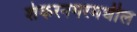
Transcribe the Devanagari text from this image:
शंकरनगरमधील